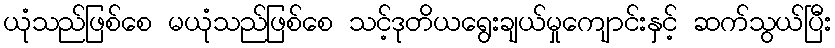
ယုံသည်ဖြစ်စေ မယုံသည်ဖြစ်စေ သင့်ဒုတိယရွေးချယ်မှုကျောင်းနှင့် ဆက်သွယ်ပြီး